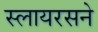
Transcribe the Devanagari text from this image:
स्लायरसने